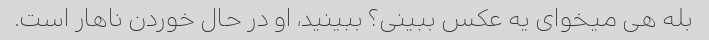
بله هی میخوای یه عکس ببینی؟ ببینید، او در حال خوردن ناهار است.